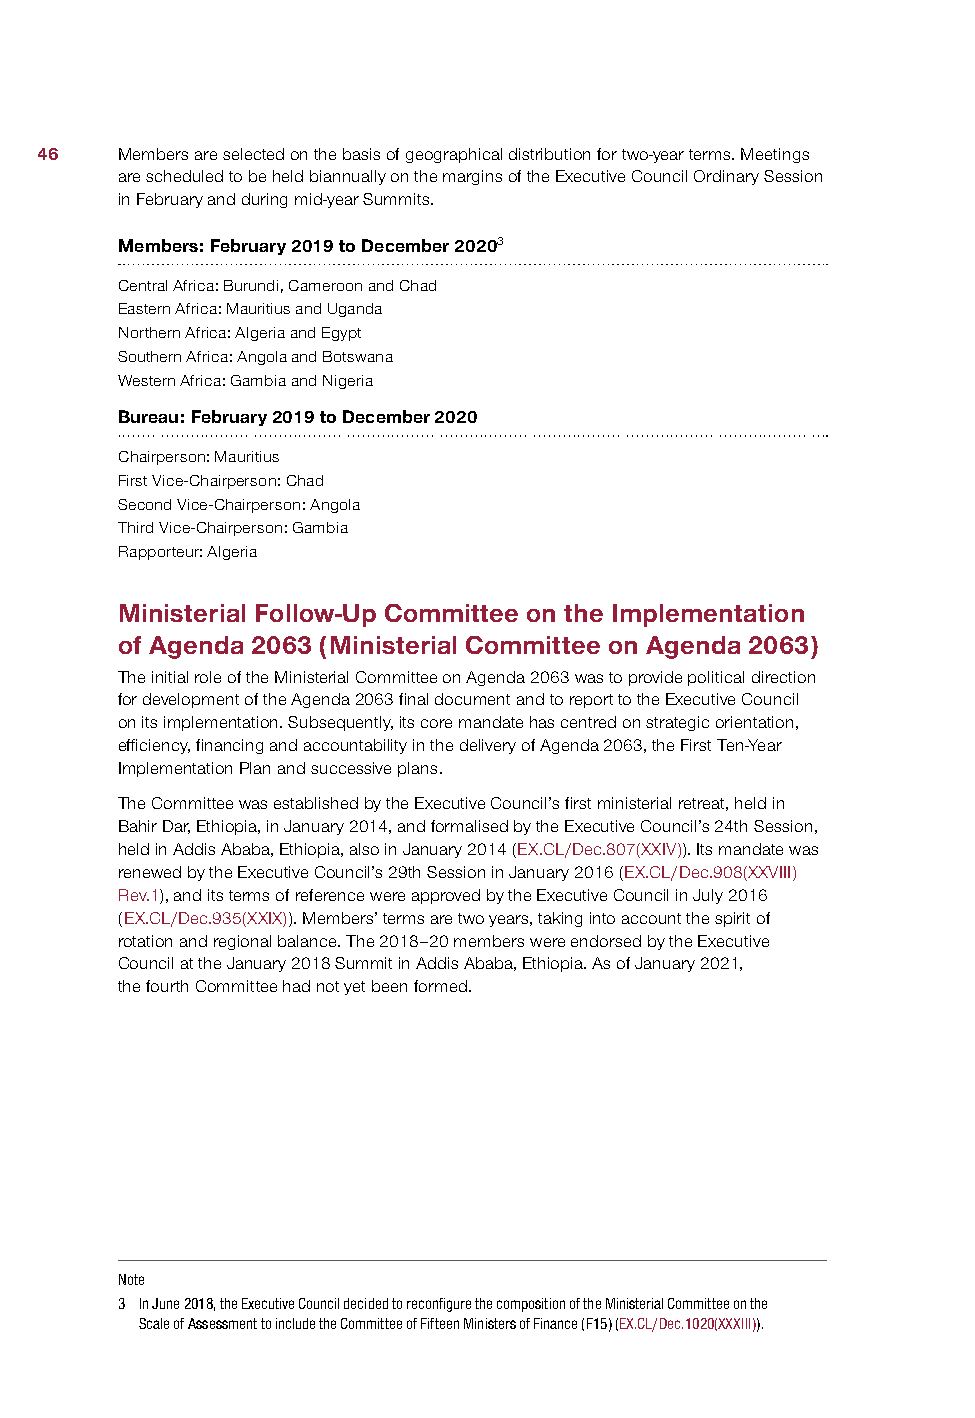
46    Members are selected on the basis of geographical distribution for two-year terms. Meetings
 are scheduled to be held biannually on the margins of the Executive Council Ordinary Session
 in February and during mid-year Summits.
 Members: February 2019 to December 20203
 Central Africa: Burundi, Cameroon and Chad
 Eastern Africa: Mauritius and Uganda
 Northern Africa: Algeria and Egypt
 Southern Africa: Angola and Botswana
 Western Africa: Gambia and Nigeria
 Bureau: February 2019 to December 2020
 Chairperson: Mauritius
 First Vice-Chairperson: Chad
 Second Vice-Chairperson: Angola
 Third Vice-Chairperson: Gambia
 Rapporteur: Algeria
 Ministerial Follow-Up Committee on the Implementation
 of Agenda 2063 (Ministerial Committee on Agenda 2063)
 The initial role of the Ministerial Committee on Agenda 2063 was to provide political direction
 for development of the Agenda 2063 final document and to report to the Executive Council
 on its implementation. Subsequently, its core mandate has centred on strategic orientation,
 efficiency, financing and accountability in the delivery of Agenda 2063, the First Ten-Year
 Implementation Plan and successive plans.
 The Committee was established by the Executive Council’s first ministerial retreat, held in
 Bahir Dar, Ethiopia, in January 2014, and formalised by the Executive Council’s 24th Session,
 held in Addis Ababa, Ethiopia, also in January 2014 (EX.CL/Dec.807(XXIV)). Its mandate was
 renewed by the Executive Council’s 29th Session in January 2016 (EX.CL/Dec.908(XXVIII)
 Rev.1), and its terms of reference were approved by the Executive Council in July 2016
 (EX.CL/Dec.935(XXIX)). Members’ terms are two years, taking into account the spirit of
 rotation and regional balance. The 2018–20 members were endorsed by the Executive
 Council at the January 2018 Summit in Addis Ababa, Ethiopia. As of January 2021,
 the fourth Committee had not yet been formed.
 Note
 3 In June 2018, the Executive Council decided to reconfigure the composition of the Ministerial Committee on the
 Scale of Assessment to include the Committee of Fifteen Ministers of Finance (F15) (EX.CL/Dec.1020(XXXIII)).